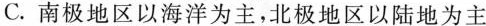
C.南极地区以海洋为主，北极地区以陆地为主